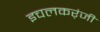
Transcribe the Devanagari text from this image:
इचलकर्ंजी